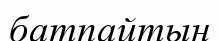
батпайтын